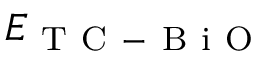
E _ { \mathrm { ~ T ~ C ~ - ~ B ~ i ~ O ~ } }